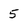
Character: 5